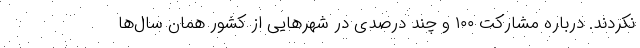
نکردند. درباره مشارکت ۱۰۰ و چند درصدی در شهرهایی از کشور همان سال‌ها